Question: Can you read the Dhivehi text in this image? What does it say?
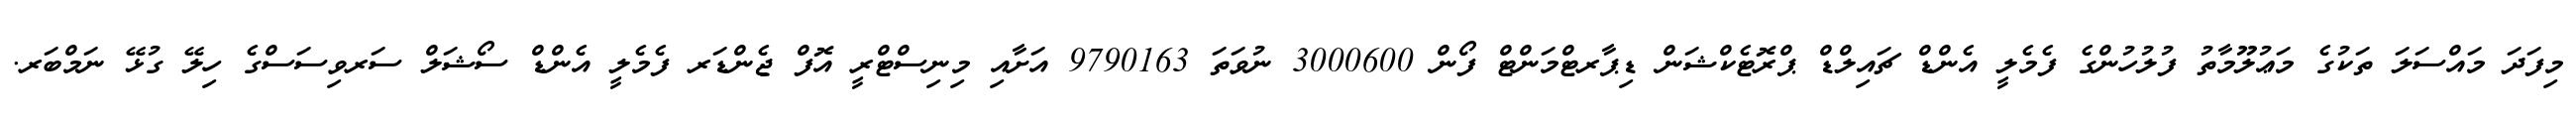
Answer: މިފަދަ މައްސަލަ ތަކުގެ މަޢުލޫމާތު ފުލުހުންގެ ފެމެލީ އެންޑް ޗައިލްޑް ޕްރޮޓެކްޝަން ޑިޕާރޓްމަންޓް ފޯން 3000600 ނުވަތަ 9790163 އަށާއި މިނިސްޓްރީ އޮފް ޖެންޑަރ ފެމެލީ އެންޑް ސޯޝަލް ސަރވިސަސްގެ ހިލޭ ގުޅޭ ނަމްބަރ.